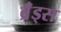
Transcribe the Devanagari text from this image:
ब्रॅंड्स